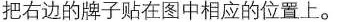
把右边的牌子贴在图中相应的位置上。